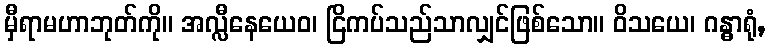
မှီရာမဟာဘုတ်ကို။ အလ္လီနေယေဝ၊ ငြိကပ်သည်သာလျှင်ဖြစ်သော။ ဝိသယေ၊ ဂန္ဓာရုံ,